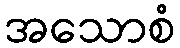
အသောစံ